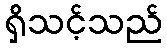
ရှိသင့်သည်